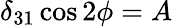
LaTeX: \delta_{31}\cos 2\phi=A